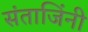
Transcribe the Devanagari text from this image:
संताजिंनी